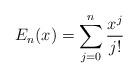
LaTeX: \begin{align*}E_{n}(x) = \sum_{j=0}^{n} \frac{x^{j}}{j!}\end{align*}